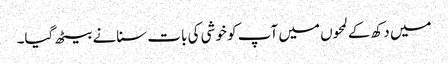
میں دکھ کے لمحوں میں آپ کو خوشی کی بات سنانے بیٹھ گیا۔